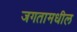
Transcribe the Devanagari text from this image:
जगतामधील